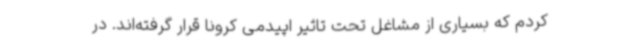
کردم که بسیاری از مشاغل تحت تاثیر اپیدمی کرونا قرار گرفته‌اند. در